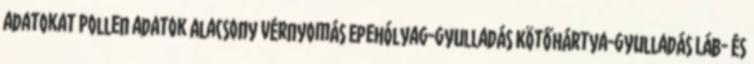
adatokat Pollen adatok Alacsony vérnyomás Epehólyag-gyulladás Kötőhártya-gyulladás Láb- és